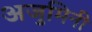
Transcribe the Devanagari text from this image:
अजुमिनी